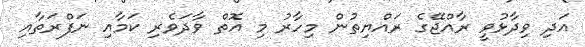
އަދި ވިދާޅުވީ ރާއްޖޭގެ ރައްޔިތުން މިހާރު މި އޮތް ވާދަވެރި ކަމާއި ނަފްރަތާއި